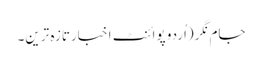
جام نگر(اُردو پوائنٹ اخبارتازہ ترین۔